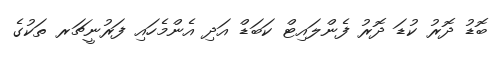
ބޮޑު ދޮރު ކުޑަ ދޮރު ފެންލައިޓް ކަބަޑް އަދި އެންމެހައި ފަރުނީޗަރ ތަކުގެ